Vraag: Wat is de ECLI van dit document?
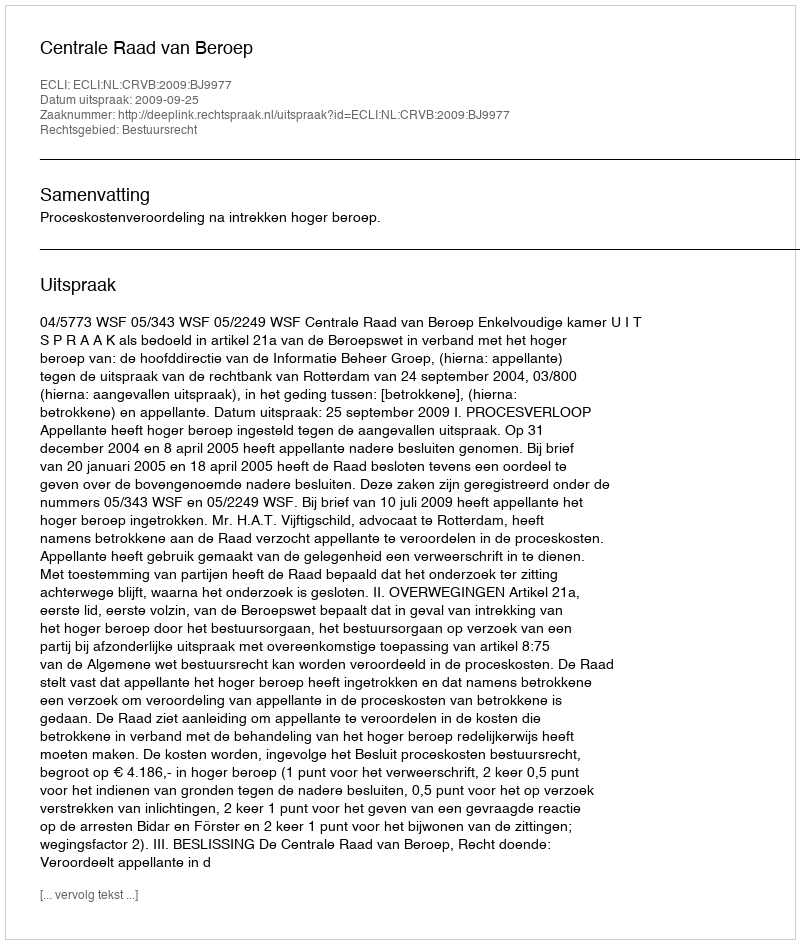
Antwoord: ECLI:NL:CRVB:2009:BJ9977